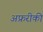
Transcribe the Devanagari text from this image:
अफ्ररीकी